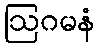
ဩဂမနံ